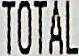
TOTAL